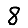
Digit: 8